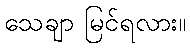
သေချာ မြင်ရလား။